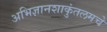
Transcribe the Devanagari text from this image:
अभिज्ञानशाकुंतलमचे